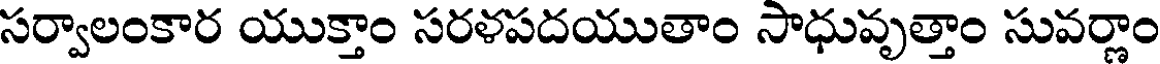
సర్వాలంకార యుక్తాం సరళపదయుతాం సాధువృత్తాం సువర్ణాం